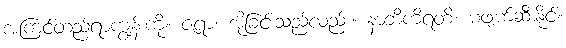
အကြင်တည်ရာကျွန်းကို။ ဇရာ၊ အိုခြင်းသည်လည်း။ နာဘိကိရတိ၊ မဖျက်ဆီးနိုင်။